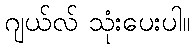
ဂျယ်လ် သုံးပေးပါ။